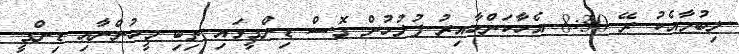
ލިބުމާއެކު ރޭ 8:30 އެހާކަންހާއިރު ފުލުހުން ގޮސް ޑިންގީގައި ތިބި މީހުންނާއި ޑިންގީ